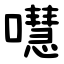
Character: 嚖